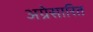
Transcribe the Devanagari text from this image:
अग्रेसारित